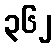
၃၆၂